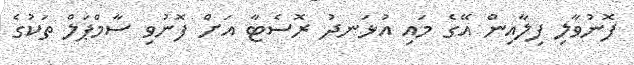
ފޮނުވާލި ފިލާއިން އޭގެ މައި އުޅަނދު ރޮސެޓާ އަށް ފޮނުވި ސާމްޕަލް ތަކުގެ